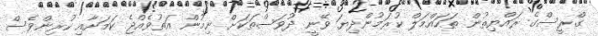
ގްރީސްގެ ރައްޔިތުން ތަހައްމަލް ކުރަމުންދިޔަ ވޭނީ ދުވަސްތަކަށް ނިމުން އަތުވެއްޖެ ކަމަށާއި ކުރިންވެސް